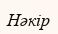
Нәкір